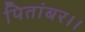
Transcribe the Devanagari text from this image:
पितांबर।।